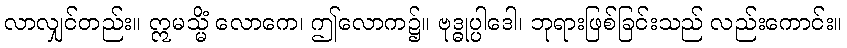
လာလျှင်တည်း။ ဣမသ္မိံ လောကေ၊ ဤလောက၌။ ဗုဒ္ဓုပ္ပါဒေါ၊ ဘုရားဖြစ်ခြင်းသည် လည်းကောင်း။